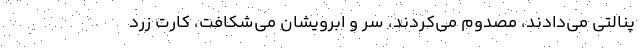
پنالتی می‌دادند، مصدوم می‌کردند، سر و ابرویشان می‌شکافت، کارت زرد